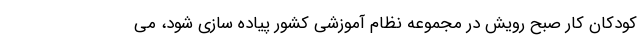
کودکان کار صبح رویش در مجموعه نظام آموزشی کشور پیاده سازی شود، می